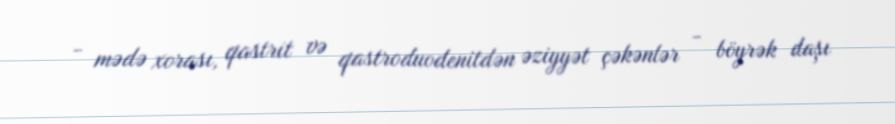
- mədə xorası, qastrit və qastroduodenitdən əziyyət çəkənlər - böyrək daşı